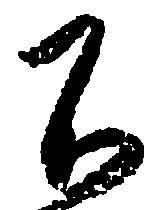
不